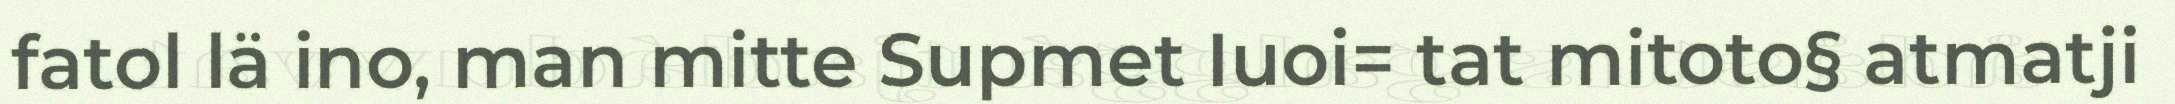
fatol lä ino, man mitte Supmet Iuoi= tat mitoto§ atmatji